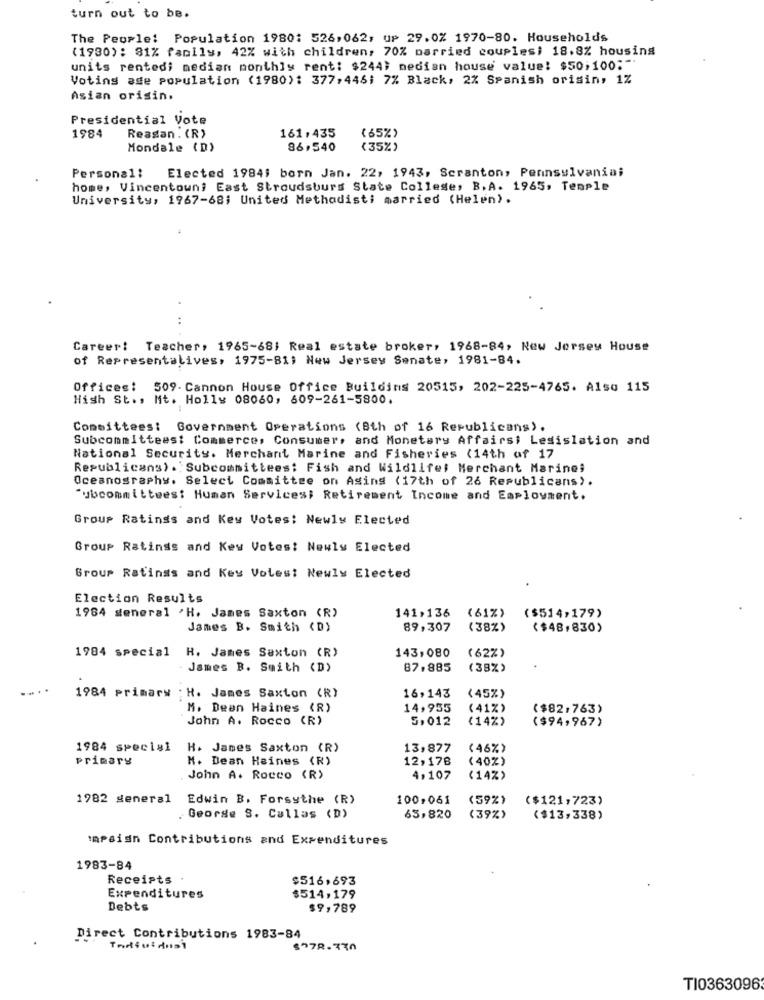
turn out to be.
The People: Population 1980: 526,062; up 29.0% 1970-80. Households
(1930): 81% fanily, 42% with children, 70% married couples; 18.8% housing
units rentedi median monthly rent: $244} median house value: $50;100;".
Voting ade population (1980): 377,446; 7% Black, 2% Spanish orisin, 1%
Asian orisin.
Presidential Vote
1984
Reagan . (R)
161,435
(65%)
Mondale (D)
86,540
(35%)
Elected 1984; born Jan. 22, 1943, Scranton, Pennsylvaniai
Persona1:
home, Vincentown; East Stroudsburg State College, B.A. 1965, Temple
University, 1967-68; United Methodisti married (Helen).
Career: Teacher, 1965-68; Real estate broker, 1968-84, New Jersey House
of Representalives, 1975-811 New Jersey Senate, 1981-84.
Offices: 509- Cannon House Office Building 20515, 202-225-4765. Also 115
High St ., Mt. Holly 08060, 609-261-5800.
Committees: Government Operations (8th of 16 Republicans).
Subcommittees: Commerce, Consumer, and Monetary Affairst Lesislation and
National Security. Merchant Marine and Fisheries (14th of 17
Republicans) . Subcommittees: Fish and Wildlife; Merchant Marine;
Oceanography. Select Committee on Asing (17th of 26 Republicans).
"ubcommittees: Human Services; Retirement Income and Employment.
Group Ratings and Key Votes: Newly Elected
Group Ratings and Key Votes: Newly Elected
Group Ratings and Key Votes: Newly Elected
Election Results
1984 steneral 'H. James Saxton (R)
141,136
(61%)
($514,179)
James B. Smith (D)
89,307
(38%)
($48,830)
1984 special H. James Saxton (R)
143,080
(62% )
James B. Smith (D)
87.885
(38%)
1984 primary : H. James Saxton (R)
16,143
(45%)
M. Deen Haines (R)
14,955
(41%)
($82,763)
John A. Rocco (R)
5,012
(14%)
($94,967)
1984 special
H. James Saxton (R)
13,877
(46%)
primary
M. Dean Haines (R)
12,178
(40%)
John A. Rocco (R)
4,107
(14%)
1982 general
Edwin B. Forsythe (R)
100,061
(59%)
($121,723)
George S. Callas (D)
65,820
(39%)
($13,338)
Impsidn Contributions and Expenditures
1983-84
Receipts
$516,693
Expenditures
$514,179
Debts
$9,789
Direct Contributions 1983-84
TI0363096